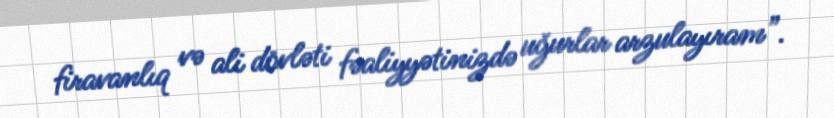
firavanlıq və ali dövləti fəaliyyətinizdə uğurlar arzulayıram”.